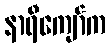
နာရီကျော်က